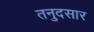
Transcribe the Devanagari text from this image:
तनुदसार